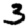
Digit: 3